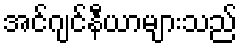
အင်ဂျင်နီယာများသည်